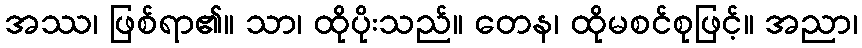
အဿ၊ ဖြစ်ရာ၏။ သာ၊ ထိုပိုးသည်။ တေန၊ ထိုမစင်စုဖြင့်။ အညာ၊